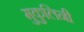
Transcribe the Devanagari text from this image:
मुकुलिनी